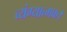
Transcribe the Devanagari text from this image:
व्यंग्यात्मक।